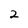
Character: 2